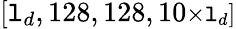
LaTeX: [\mathtt{l}_{d},128,128,10\small{\times}\mathtt{l}_{d}]